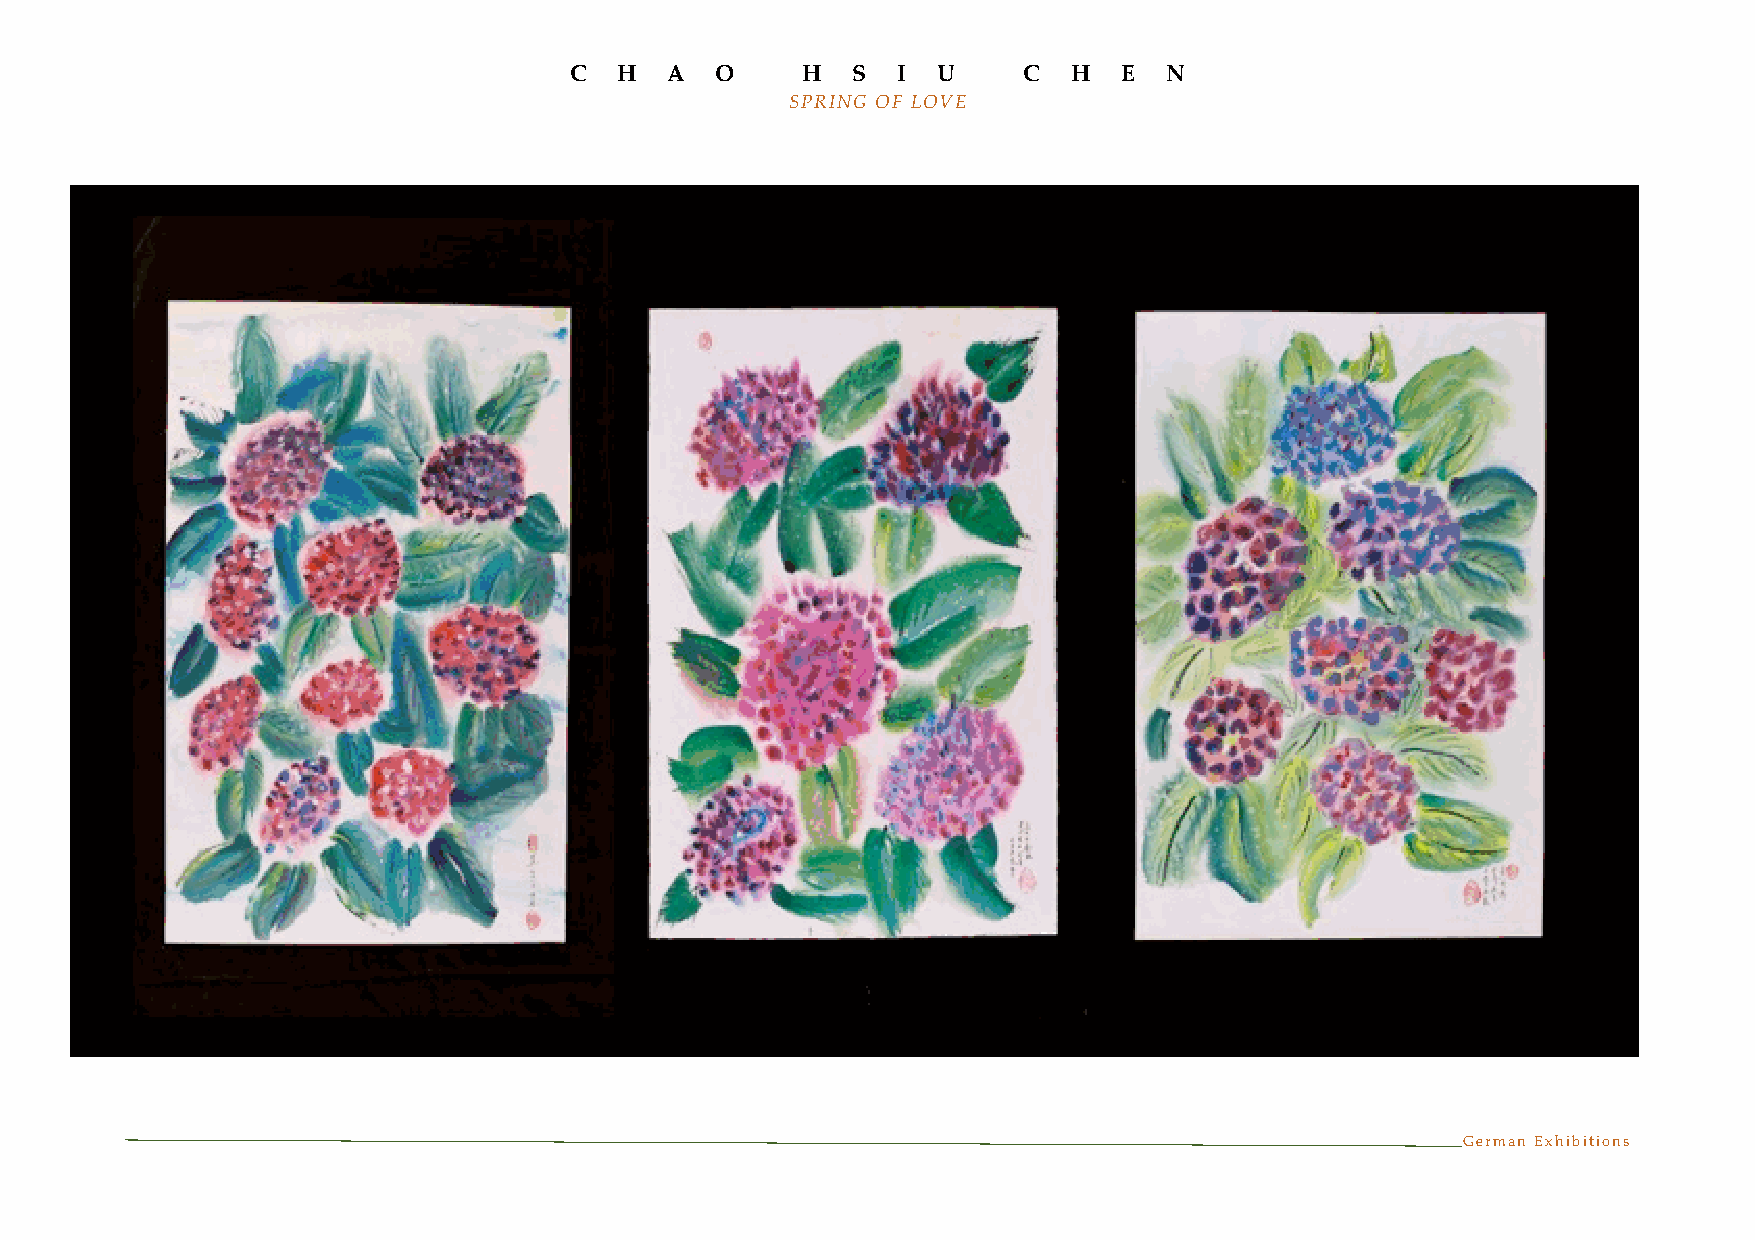
C  H  A  O     H  S  I  U     C  H  E  N
 SPRING OF LOVE
 German Exhibitions